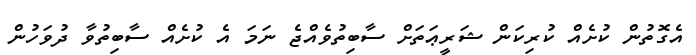
އެގޮތުން ކުށެއް ކުރިކަން ޝަރީޢަތަށް ސާބިތުވެއްޖެ ނަމަ އެ ކުށެއް ސާބިތުވާ ދުވަހުން